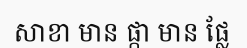
សាខា មាន ផ្កា មាន ផ្លែ